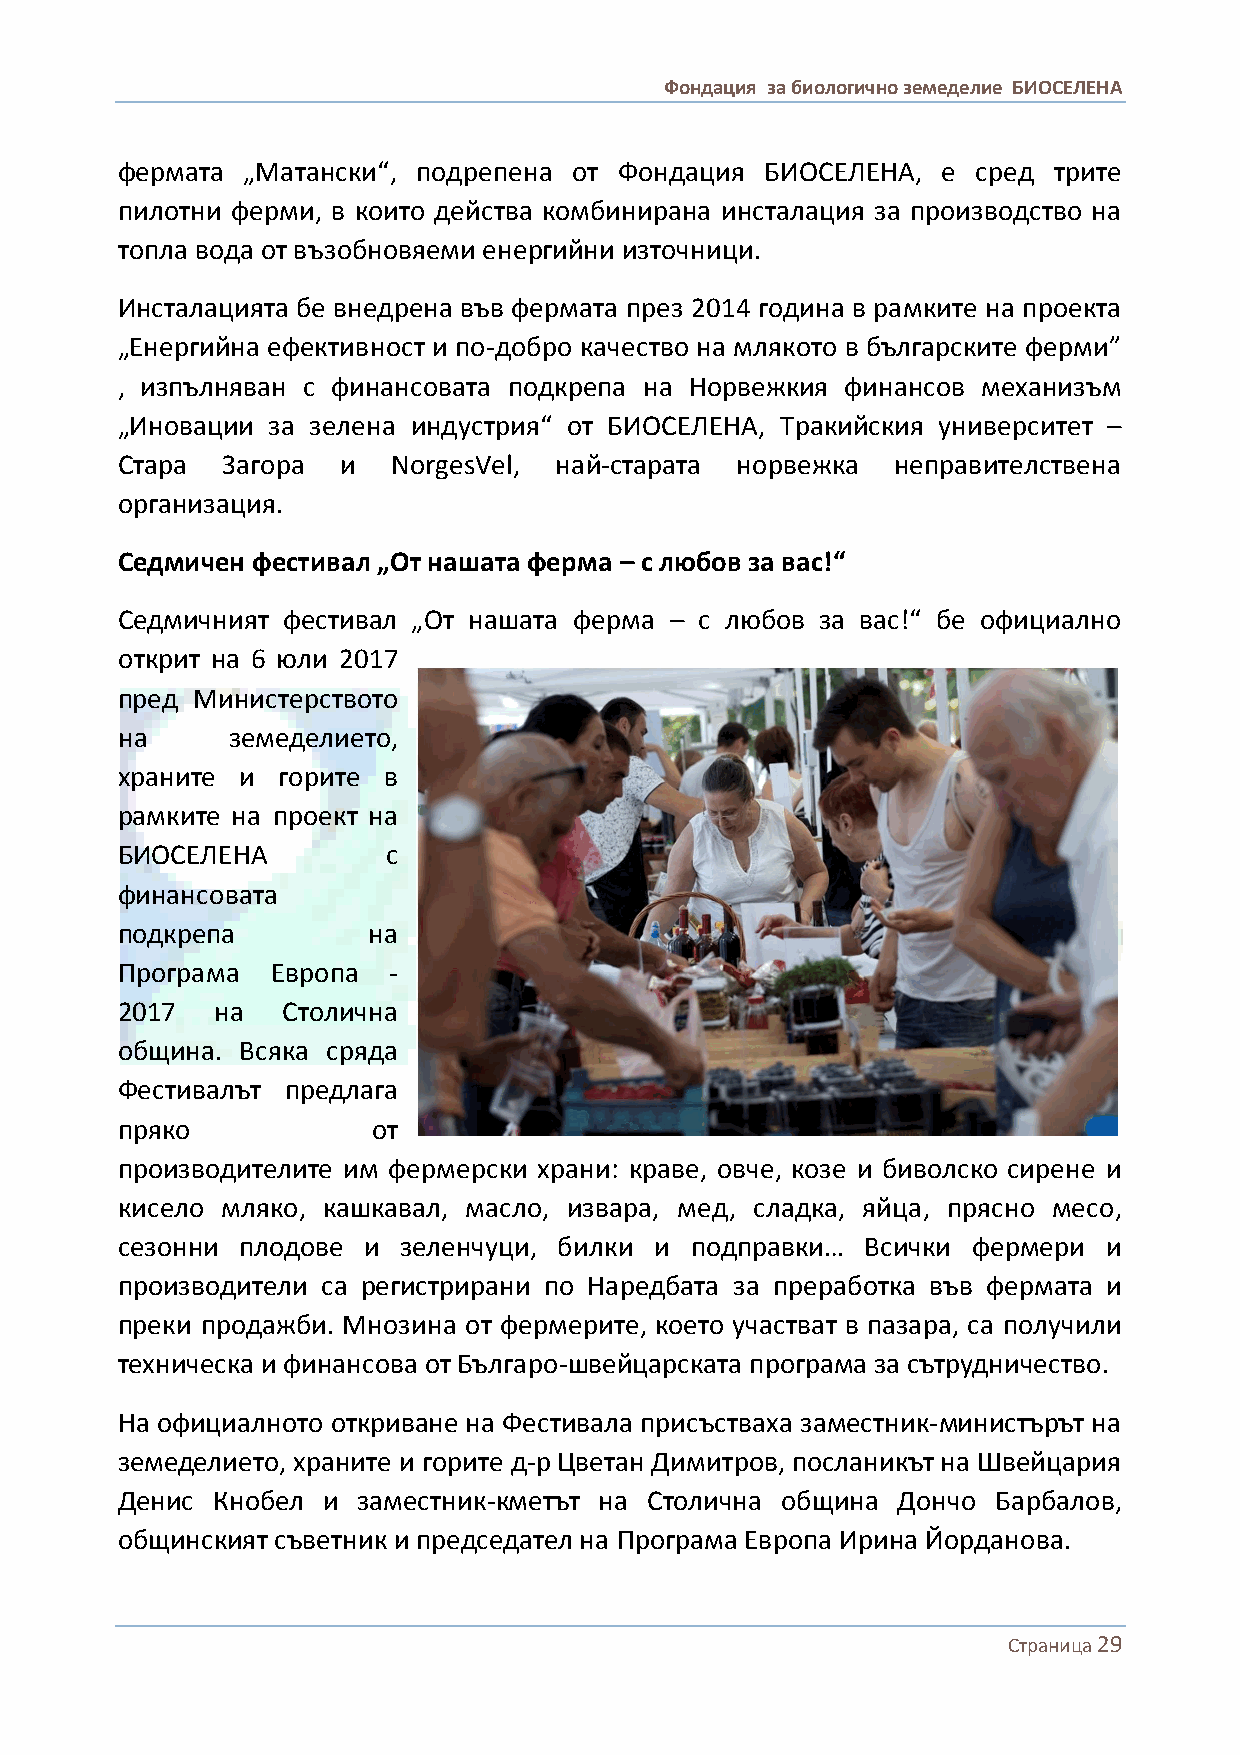
Фондация за биологично земеделие БИОСЕЛЕНА
 фермата „Матански“, подрепена от Фондация  БИОСЕЛЕНА, е  сред трите
 пилотни ферми, в които действа комбинирана инсталация за производство на
 топла вода от възобновяеми енергийни източници.
 Инсталацията бе внедрена във фермата през 2014 година в рамките на проекта
 „Енергийна ефективност и по-добро качество на млякото в българските ферми”
 , изпълняван с финансовата подкрепа на Норвежкия финансов механизъм
 „Иновации за зелена индустрия“ от БИОСЕЛЕНА, Тракийския университет –
 Стара  Загора  и  NorgesVel, най-старата норвежка  неправителствена
 организация.
 Седмичен фестивал „От нашата ферма – с любов за вас!“
 Седмичният фестивал „От нашата ферма – с любов за вас!“ бе официално
 открит на 6 юли 2017
 пред Министерството
 на     земеделието,
 храните и горите в
 рамките на проект на
 БИОСЕЛЕНА         с
 финансовата
 подкрепа        на
 Програма  Европа  -
 2017  на   Столична
 община. Всяка сряда
 Фестивалът предлага
 пряко            от
 производителите им фермерски храни: краве, овче, козе и биволско сирене и
 кисело мляко, кашкавал, масло, извара, мед, сладка, яйца, прясно месо,
 сезонни плодове и  зеленчуци, билки и подправки… Всички фермери  и
 производители са регистрирани по Наредбата за преработка във фермата и
 преки продажби. Мнозина от фермерите, което участват в пазара, са получили
 техническа и финансова от Българо-швейцарската програма за сътрудничество.
 На официалното откриване на Фестивала присъстваха заместник-министърът на
 земеделието, храните и горите д-р Цветан Димитров, посланикът на Швейцария
 Денис Кнобел и  заместник-кметът на Столична община Дончо Барбалов,
 общинският съветник и председател на Програма Европа Ирина Йорданова.
 Страница 29